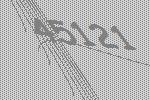
45121